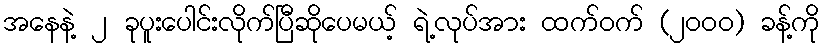
အနေနဲ့ ၂ ခုပူးပေါင်းလိုက်ပြီဆိုပေမယ့် ရဲ့လုပ်အား ထက်ဝက် (၂၀၀၀) ခန့်ကို